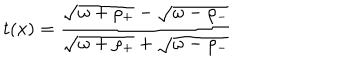
LaTeX: t ( x ) = { \frac { \sqrt { \omega + \rho _ { + } } - \sqrt { \omega - \rho _ { - } } } { \sqrt { \omega + \rho _ { + } } + \sqrt { \omega - \rho _ { - } } } }